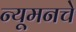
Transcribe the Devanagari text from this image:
न्यूमनचे